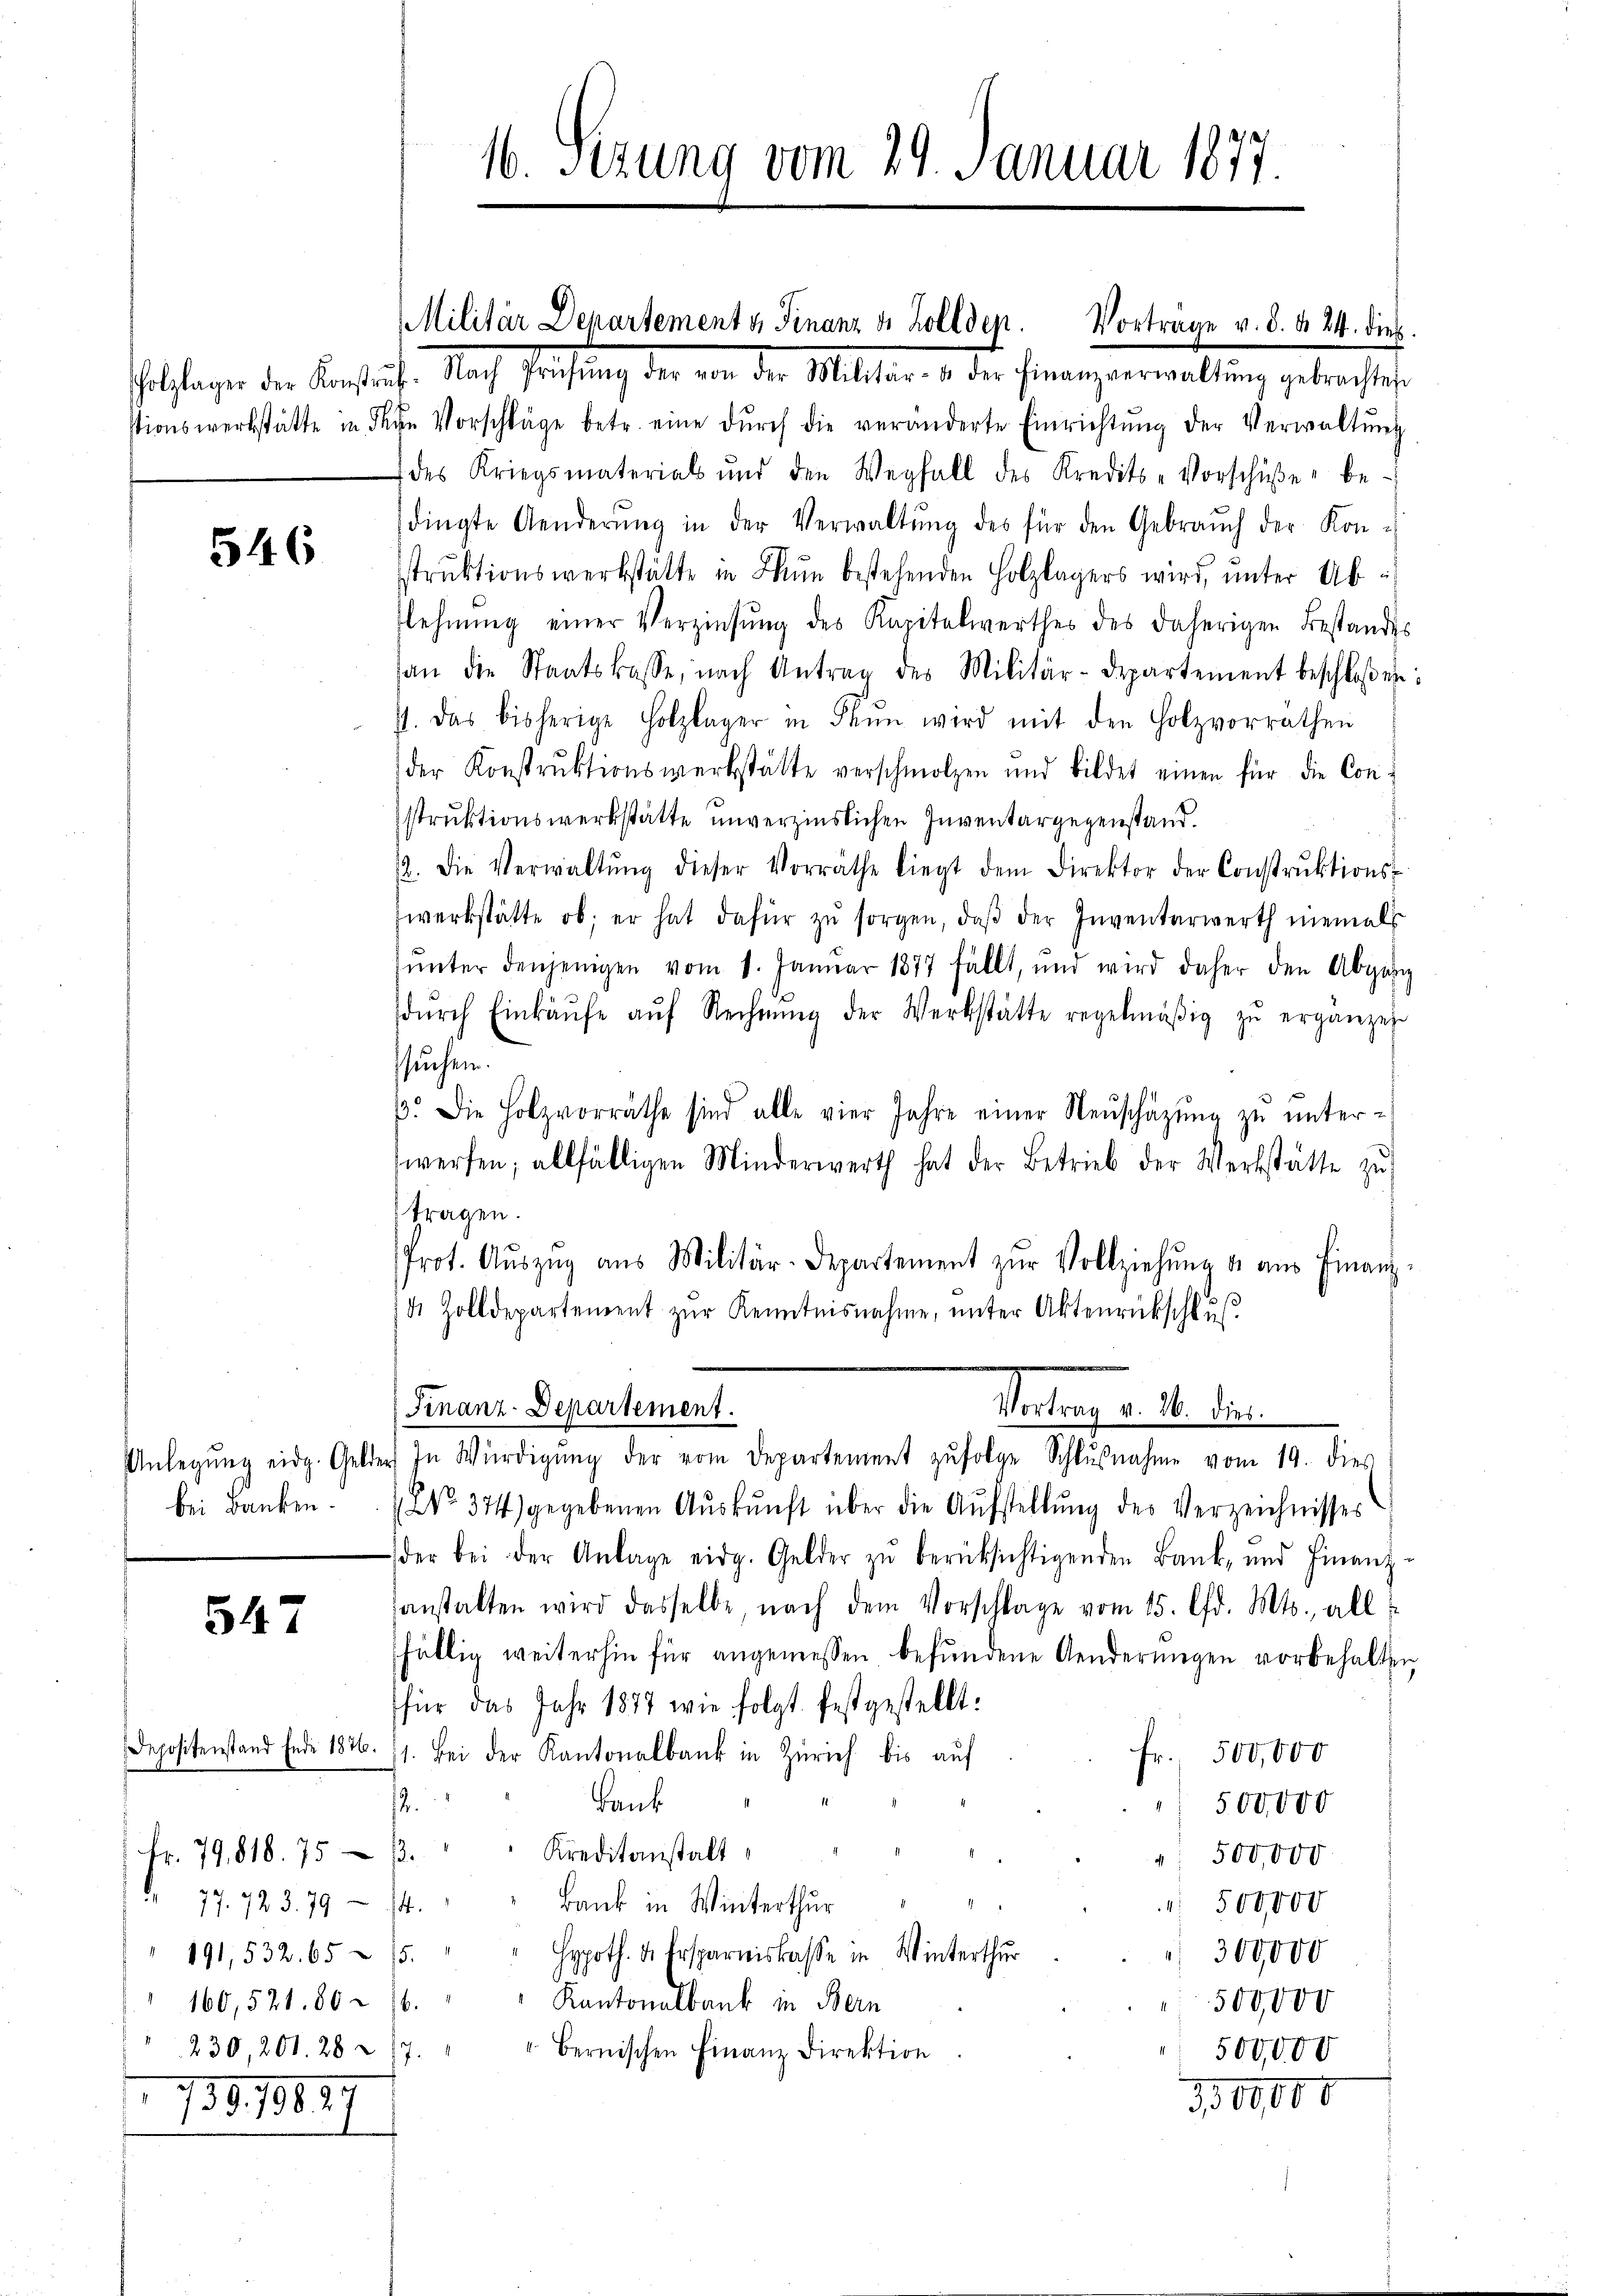
546

547

77. 723. 79 - 14.
160,521. 806.
" 230, 201. 28 n 17.

Fr. 79, 818. 75 - 13.

735. 708. 2

stionswerkstätte in der Vorschläge betr. eine dŭrch die veränderte Einrichtŭng der Verwaltŭng
des Kriegsmaterials und den Wegfall des Kredits-Vorschŭβe be-
dingte Aenderŭng in der Verwaltŭng des für den Gebraŭch der Kon-
struktionswerkstätte in Nun bestehenden Holzlagers wird, unter Abtlehnŭng einer Verzinsŭng des Kapitalwerthes des daherigen Bestandes
an die Staatskasse, nach Antrag des Militär-Departement beschloßen:
st. Das bisherige Holzlager in denn wird mit den Holzvorrathen
der Konstruktionswerkstätte verschmolzen und bilder einen für die Construktionswerkstätte unverzinslichen Inventargegenstand.
12. Die Verwaltŭng dieser Vorräthe liegt dem Direktor der Constrŭktions-
werkstätte ob, er hat dafür zŭ sorgen, daβ der Inventarwerth niemals
ŭnter denjenigen vom 1. Janŭar 1877 fällt, und wird daher den Abgang
dŭrch Einkaŭfe aŭf Rechnŭng der Werkstätte regelmäßig zŭ ergänzen
ssuchen.
p. Die Holzvorräthe sind alle vier Jahre einer Neŭschäzŭng zŭ ŭnter-
werfen; allfälligen Minderwerth hat der Betrieb der Werkstätte zŭ
tragen.
Prot. Aŭszŭg ans Militär-Departement zŭr Vollziehŭng u. aŭs Finanz-
14 Zolldepartement zŭr Kenntnisnahme, ŭnter Aktenrückschlŭβ
Finanz-Departement.
Vortrag v. 16. des
Anlegŭng eidg. Gelder In Würdigŭng der vom Departement zŭfolge Schlŭβnahme vom 19. dies
bei Banken. No. 374 gegebenen Aŭskŭnft über die Aŭfstellŭng der Verzeichnisses
der bei der Anlage eidg. Gelder zŭ berücksichtigenden Bank- und Finanz-
anstalten wird dasselbe, nach dem Vorschlage vom 15. d. Mts., all-
fällig weiterhin für angemessen befundene Aenderungen vorbehalten
für das Jahr 1877 wie folgt. festgestellt:
Depositenstand Ende 1876. 11. Bei der Kantonalbank in Zürich bis auf
Fr. 500,000
12.
Bank
500,000
Kreditanstalt
500,000
Bank in Winterthur
 500,000
300,000
191, 532. 655. " " Hypoth. u. Ersparniskasse in Winterthur
Kantonalbank in Bern
500,000
" bernischen Finanz Direktion
500,000
3,500,000

16. Sezung vom 29. Januar 1877.

Militär Departement u. Finanz u. Zollden. Vortrage v. d. d. 24. dies
oblagen der Konstruche Nach Prüffung der von der Mitter. s. der Finanzverwaltung gebrachtet,